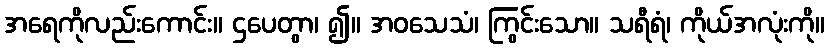
အရေကိုလည်းကောင်း။ ဌပေတွာ၊ ၍။ အဝသေသံ၊ ကြွင်းသော။ သရီရံ၊ ကိုယ်အလုံးကို။